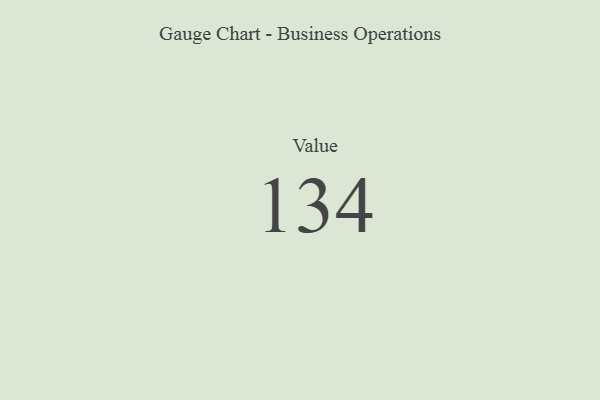
{"axis": {"x": "Metric", "y": "Value"}, "legend": [""], "data": [{"x": "Value", "y": 134, "type": ""}]}